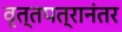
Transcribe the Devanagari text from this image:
वृत्तपत्रानंतर